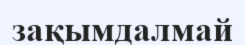
зақымдалмай